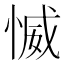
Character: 𱞪